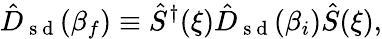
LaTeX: \hat{D}_{\mathrm{~s~d~}}(\beta_{f})\equiv\hat{S}^{\dagger}(\xi)\hat{D}_{\mathrm{~s~d~}}(\beta_{i})\hat{S}(\xi),